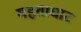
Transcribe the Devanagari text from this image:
महताघाट